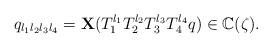
LaTeX: \begin{align*}q_{l_1l_2l_3l_4}=\mathbf X(T_1^{l_1}T_2^{l_2}T_3^{l_3}T_4^{l_4} q)\in\mathbb C(\zeta). \end{align*}